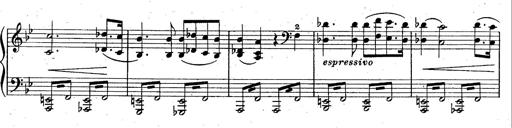
Title: La Marseillaise
Composer: Franz Liszt
Key: B-flat major